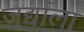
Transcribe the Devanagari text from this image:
जर्द्याला